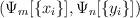
LaTeX: \begin{align*}\left(\Psi_m[\{x_i\}], \Psi_n[\{y_i\}]\right)~~~~~~~~~~~~~~~~~~~~~~~~~~~~~~~~~~~~~~~~~~~~~~~~~~~~~~~~~~~~~~~~~~~~~~~~~~~~~~~~~~~~~~~~~~~~~~\end{align*}